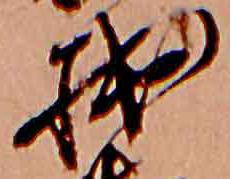
拙